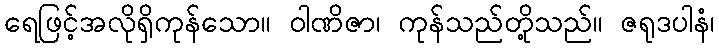
ရေဖြင့်အလိုရှိကုန်သော။ ဝါဏိဇာ၊ ကုန်သည်တို့သည်။ ဇရုဒပါနံ၊